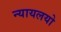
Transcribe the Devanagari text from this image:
न्यायलयो